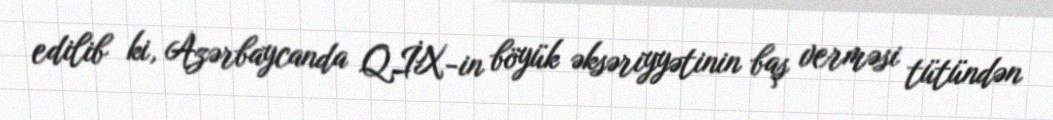
edilib ki, Azərbaycanda QİX-in böyük əksəriyyətinin baş verməsi tütündən